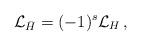
LaTeX: \begin{align*}{\cal L}_{\bar{H}} = (-1)^s {\cal L}_{H} \,,\end{align*}